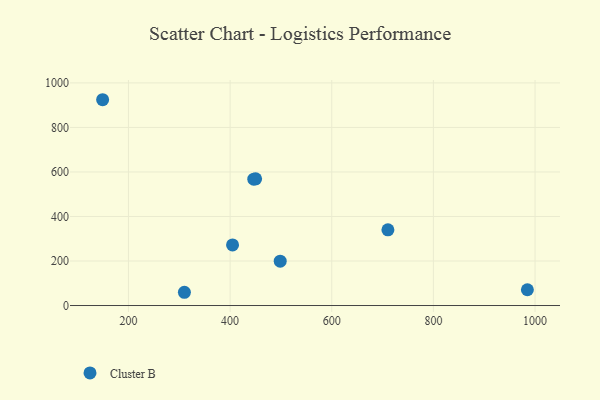
{"axis": {"x": "Price", "y": "Exam Score"}, "legend": ["Cluster B"], "data": [{"x": "310.1", "y": 59.5, "type": "Cluster B"}, {"x": "498.6", "y": 199.3, "type": "Cluster B"}, {"x": "404.8", "y": 272.0, "type": "Cluster B"}, {"x": "710.5", "y": 340.0, "type": "Cluster B"}, {"x": "450.2", "y": 569.2, "type": "Cluster B"}, {"x": "446.6", "y": 567.6, "type": "Cluster B"}, {"x": "984.9", "y": 70.9, "type": "Cluster B"}, {"x": "149.2", "y": 924.5, "type": "Cluster B"}]}